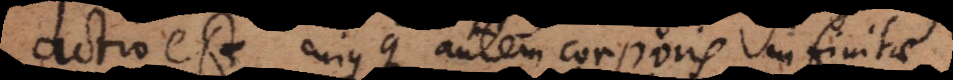
actio est, cujusque autem corporis infinitae